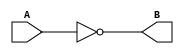
module notGate ( A, B);
  input wire A;
  output wire B;
  assign B=!A;
endmodule // Not gate